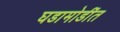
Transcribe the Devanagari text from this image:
घडामोडींत